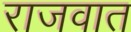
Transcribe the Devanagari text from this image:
राजवात